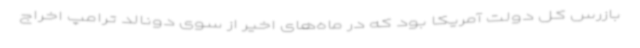
بازرس کل دولت آمریکا بود که در ماه‌های اخیر از سوی دونالد ترامپ اخراج